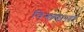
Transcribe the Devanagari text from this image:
विख्यातां